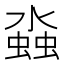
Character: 𬠤